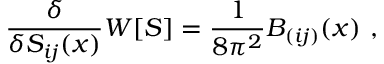
\frac { \delta } { \delta S _ { i j } ( x ) } { W } [ S ] = \frac { 1 } { 8 \pi ^ { 2 } } B _ { ( i j ) } ( x ) ~ ,